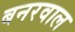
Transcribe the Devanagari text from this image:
बनरवाल